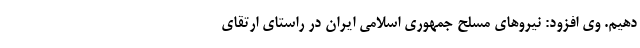
دهیم. وی افزود: نیرو‌های مسلح جمهوری اسلامی ایران در راستای ارتقای